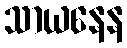
သာယနေန